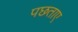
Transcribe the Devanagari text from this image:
पछताए